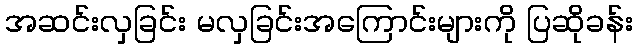
အဆင်းလှခြင်း မလှခြင်းအကြောင်းများကို ပြဆိုခန်း